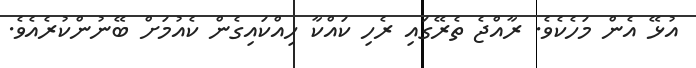
އުޅޭ އެން މަހެކެވެ. ރާއްޖެ ތެރޭގައި ރެހި ކައްކާ ހިއްކައިގެން ކެއުމަށް ބޭނުންކުރެެއެވެ.